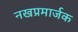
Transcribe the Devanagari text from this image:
नखप्रमार्जक